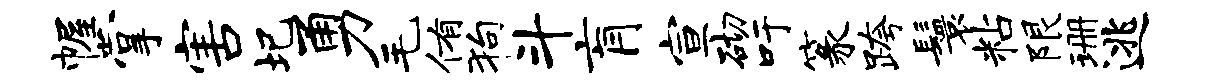
幄掌害圯勇毛侑狗斗肓宣砌吁篆跨鬟粘限珊逃